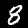
Digit: 8